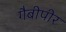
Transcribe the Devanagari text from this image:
गैबीपीर